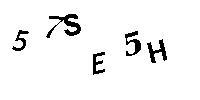
57SE5H